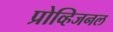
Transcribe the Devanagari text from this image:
प्रोव्हिजनल